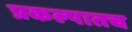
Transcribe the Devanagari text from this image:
प्रकल्पातच